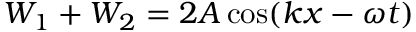
W _ { 1 } + W _ { 2 } = 2 A \cos ( k x - \omega t )